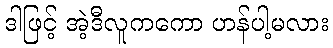
ဒါဖြင့် အဲ့ဒီလူကကော ဟန်ပါ့မလား